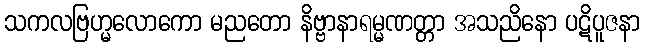
သကလဗြဟ္မလောကော မညတော နိဗ္ဗာနာရမ္မဏတ္တာ အသညိနော ပဋိပူဇနာ